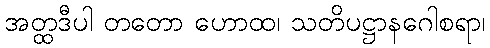
အတ္ထဒီပါ တတော ဟောထ၊ သတိပဋ္ဌာနဂေါစရာ၊